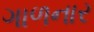
ગાળનાર